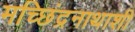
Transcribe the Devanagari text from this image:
मच्छिंद्रनाथाशी